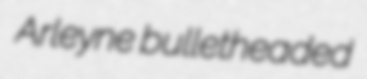
Arleyne bulletheaded